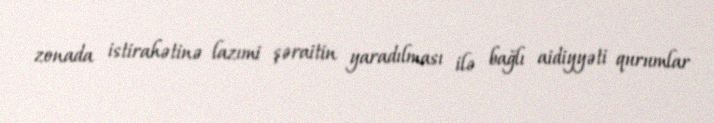
zonada istirahətinə lazımi şəraitin yaradılması ilə bağlı aidiyyəti qurumlar